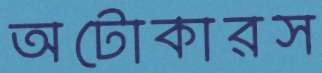
অটোকারস